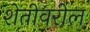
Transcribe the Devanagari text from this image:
शेतीवरील